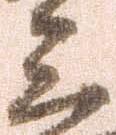
立